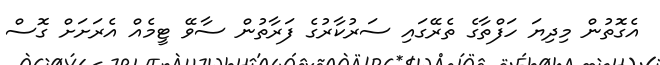
އެގޮތުން މިދިޔަ ހަފްތާގެ ތެރޭގައި ސަރުކާރުގެ ފަރާތުން ސާވޭ ޓީމެއް އެރަށަށް ގޮސް